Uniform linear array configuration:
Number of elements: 64
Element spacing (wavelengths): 1
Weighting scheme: uniform
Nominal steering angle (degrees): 30
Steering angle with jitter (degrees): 30.328
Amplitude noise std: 0.05
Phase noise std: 0.05

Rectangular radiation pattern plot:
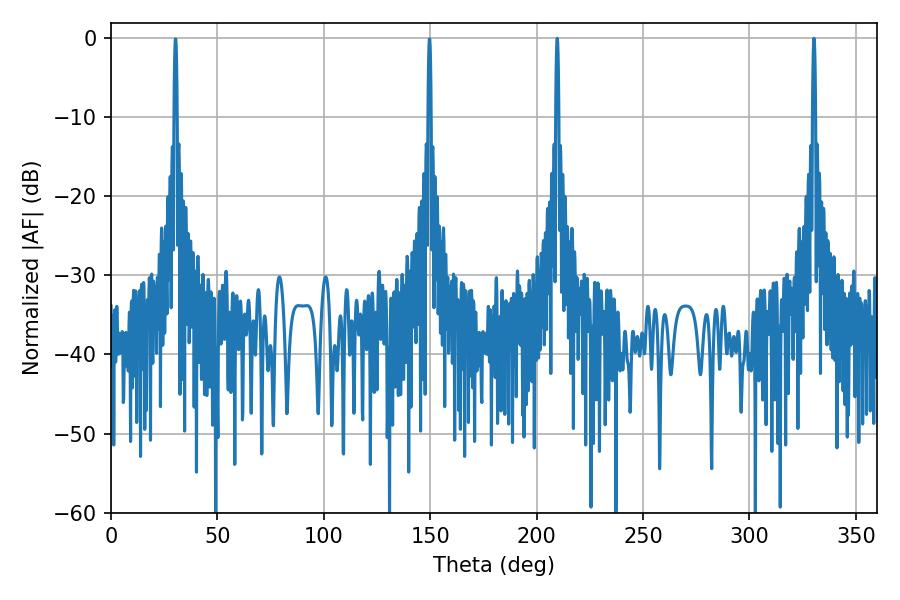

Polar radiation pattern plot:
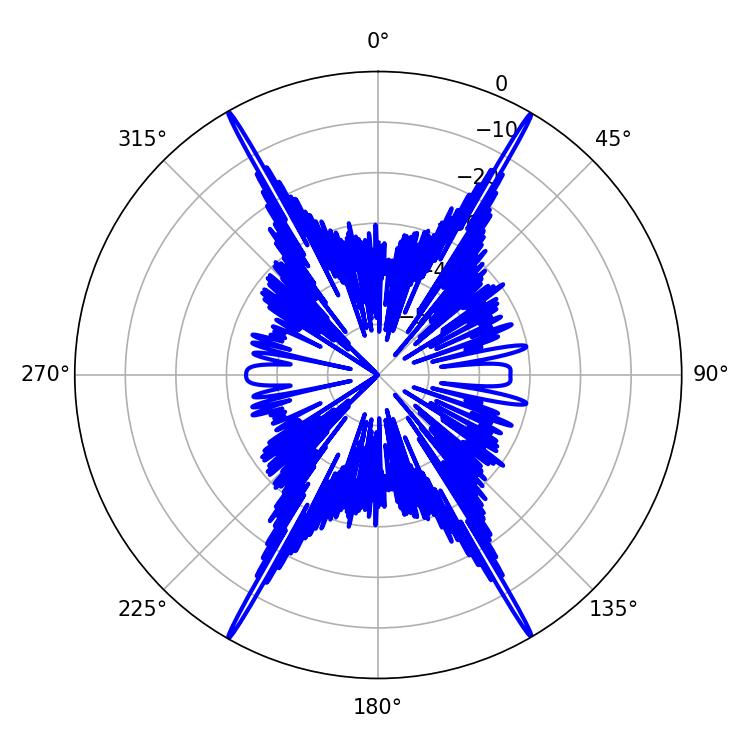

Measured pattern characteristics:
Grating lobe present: TRUE
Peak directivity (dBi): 35.231
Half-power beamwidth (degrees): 0.72
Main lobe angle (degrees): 209.7